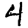
Digit: 4